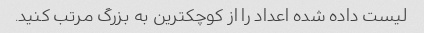
لیست داده شده اعداد را از کوچکترین به بزرگ مرتب کنید.